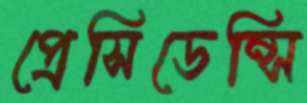
প্রেসিডেন্সি